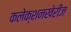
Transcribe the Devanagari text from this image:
कलेक्शनखेरीज